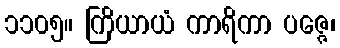
၁၁၀၅။ ကြိယာယံ ကာရိကာ ပဇ္ဇေ၊